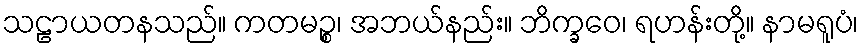
သဠာယတနသည်။ ကတမဉ္စ၊ အဘယ်နည်း။ ဘိက္ခဝေ၊ ရဟန်းတို့။ နာမရူပံ၊